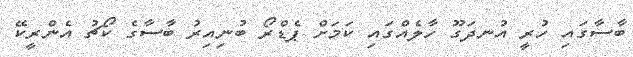
ބާސާގައި ހުރީ އުނދަގޫ ހާލެއްގައި ކަމަށް ޕެޑްރޯ ބުނިއިރު ބާސާގެ ކޯޗު އެންރީކޭ